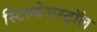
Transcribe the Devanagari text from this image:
स्टिल्बेसस्ट्रॉल